Tezpur Lunatic Asylum reports 1895-1904 - 1895-1904
Year: 1895
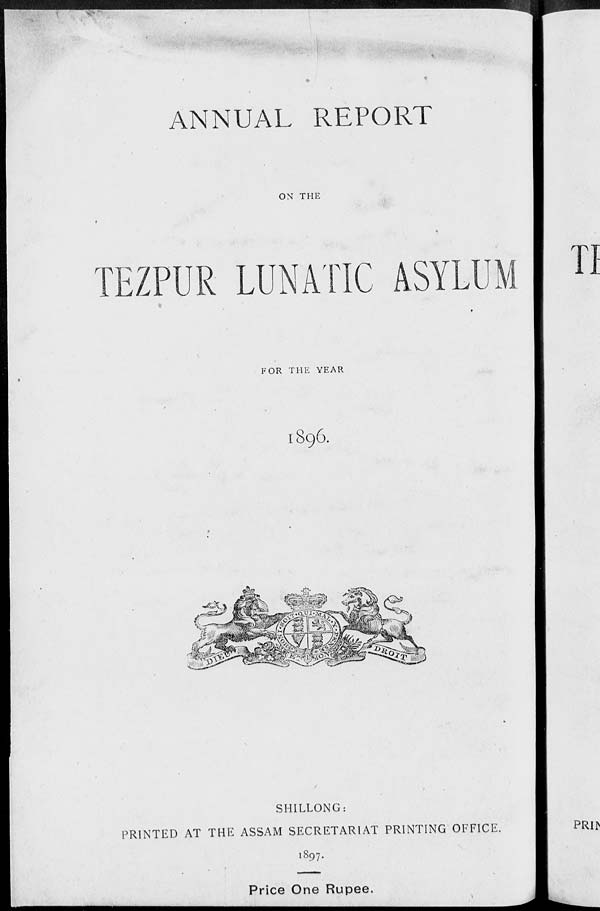
ANNUAL REPORT
ON THE
LUNATIC ASYLUJ
FOR THE YEAR
I896.
SHILLONG:
PRINTED AT THE ASSAM SECRETARIAT PRINTING OFFICE.
1897.
Price One Rupee.